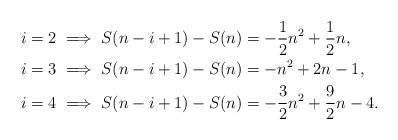
LaTeX: \begin{align*}i = 2 & \implies S(n-i+1) - S(n) = - \frac{1}{2}n^2+\frac{1}{2}n, \\i = 3 & \implies S(n-i+1) - S(n) = -n^2+2n-1, \\i = 4 & \implies S(n-i+1) - S(n) = - \frac{3}{2}n^2+ \frac{9}{2}n -4.\end{align*}